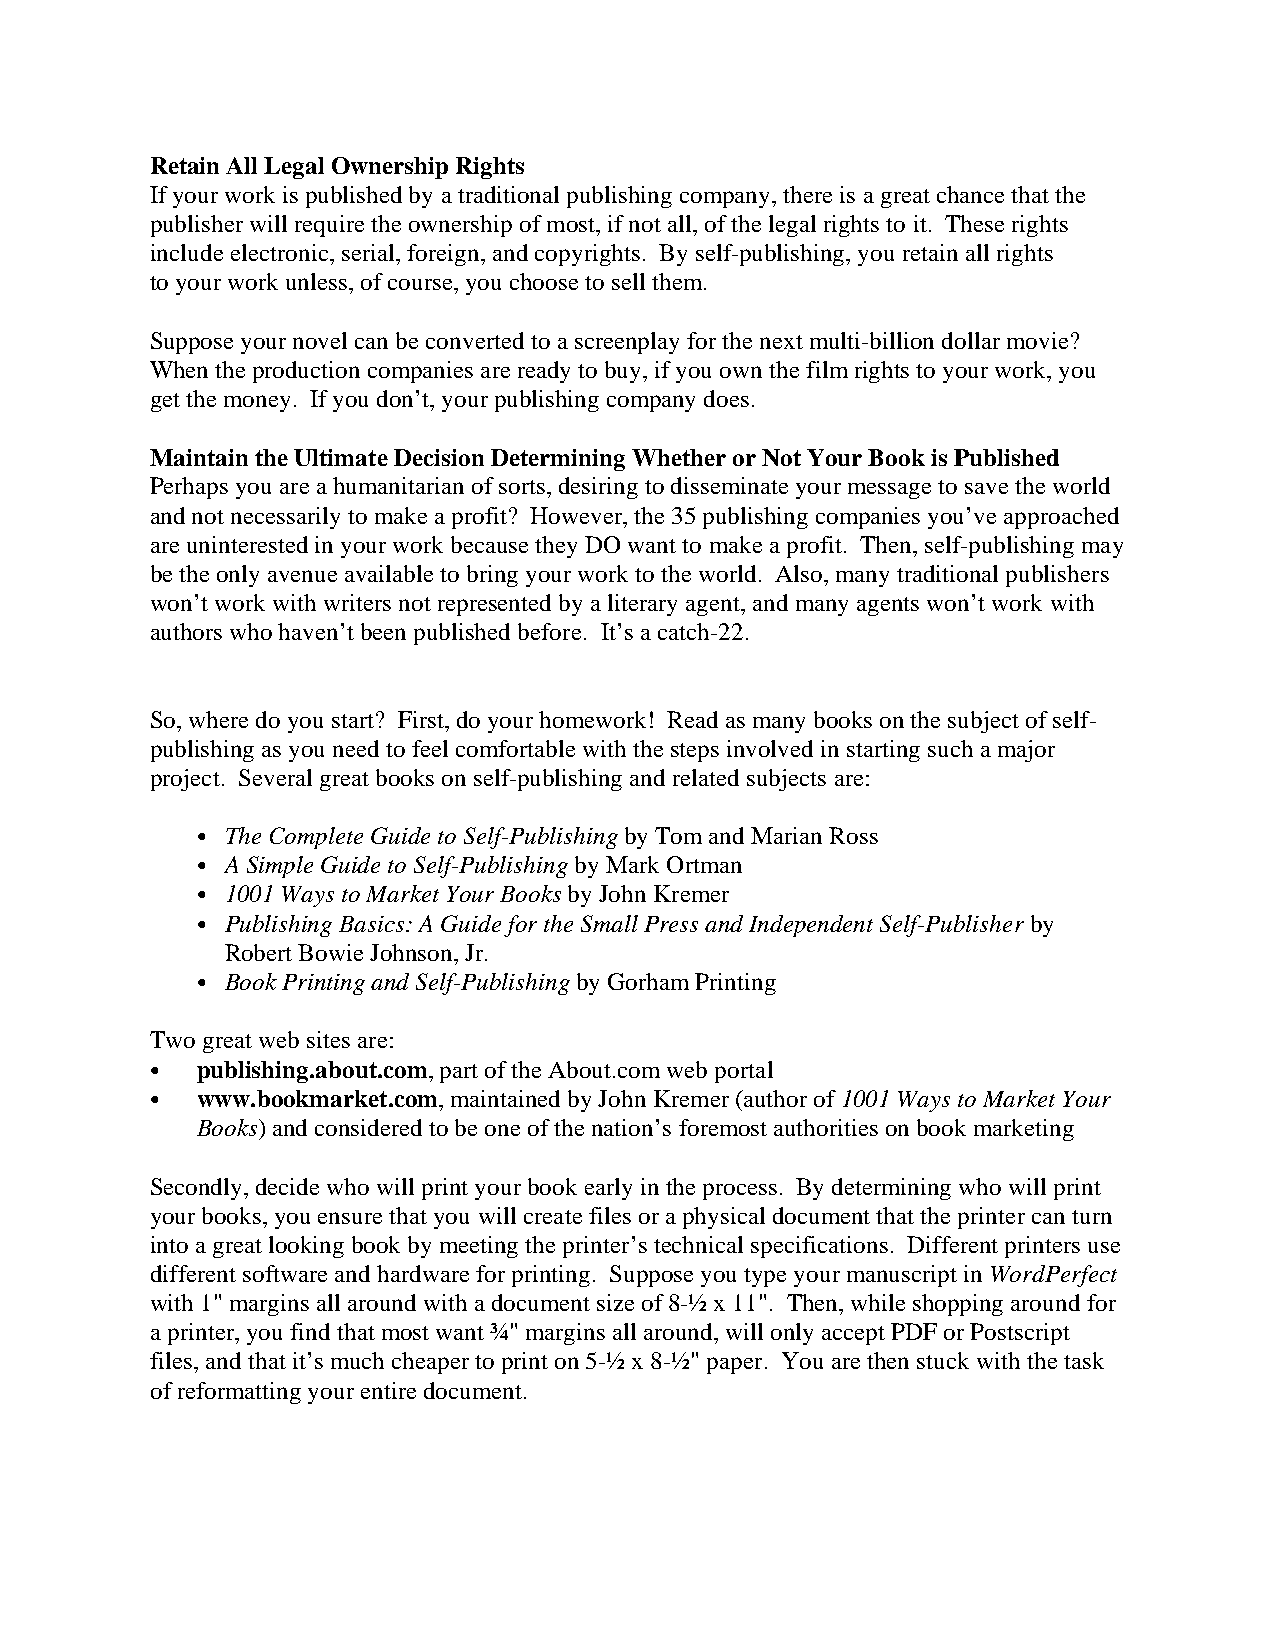
Retain All Legal Ownership Rights
 If your work is published by a traditional publishing company, there is a great chance that the
 publisher will require the ownership of most, if not all, of the legal rights to it. These rights
 include electronic, serial, foreign, and copyrights. By self-publishing, you retain all rights
 to your work unless, of course, you choose to sell them.
 Suppose your novel can be converted to a screenplay for the next multi-billion dollar movie?
 When the production companies are ready to buy, if you own the film rights to your work, you
 get the money. If you don’t, your publishing company does.
 Maintain the Ultimate Decision Determining Whether or Not Your Book is Published
 Perhaps you are a humanitarian of sorts, desiring to disseminate your message to save the world
 and not necessarily to make a profit? However, the 35 publishing companies you’ve approached
 are uninterested in your work because they DO want to make a profit. Then, self-publishing may
 be the only avenue available to bring your work to the world. Also, many traditional publishers
 won’t work with writers not represented by a literary agent, and many agents won’t work with
 authors who haven’t been published before. It’s a catch-22.
 So, where do you start? First, do your homework! Read as many books on the subject of self-
 publishing as you need to feel comfortable with the steps involved in starting such a major
 project. Several great books on self-publishing and related subjects are:
 C The Complete Guide to Self-Publishing by Tom and Marian Ross
 C A Simple Guide to Self-Publishing by Mark Ortman
 C 1001 Ways to Market Your Books by John Kremer
 C Publishing Basics: A Guide for the Small Press and Independent Self-Publisher by
 Robert Bowie Johnson, Jr.
 C Book Printing and Self-Publishing by Gorham Printing
 Two great web sites are:
 C  publishing.about.com, part of the About.com web portal
 C  www.bookmarket.com, maintained by John Kremer (author of 1001 Ways to Market Your
 Books) and considered to be one of the nation’s foremost authorities on book marketing
 Secondly, decide who will print your book early in the process. By determining who will print
 your books, you ensure that you will create files or a physical document that the printer can turn
 into a great looking book by meeting the printer’s technical specifications. Different printers use
 different software and hardware for printing. Suppose you type your manuscript in WordPerfect
 with 1" margins all around with a document size of 8-½ x 11". Then, while shopping around for
 a printer, you find that most want ¾" margins all around, will only accept PDF or Postscript
 files, and that it’s much cheaper to print on 5-½ x 8-½" paper. You are then stuck with the task
 of reformatting your entire document.